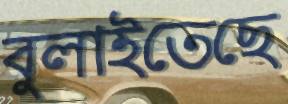
বুলাইতেছে